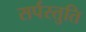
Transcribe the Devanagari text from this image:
सर्पस्तुति